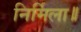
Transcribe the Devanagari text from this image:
निर्मिला॥